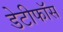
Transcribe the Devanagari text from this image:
डेटीफाॅस